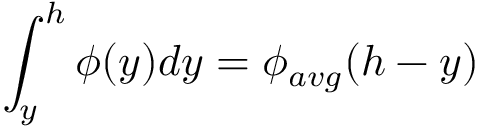
\int _ { y } ^ { h } \phi ( y ) d y = \phi _ { a v g } ( h - y )